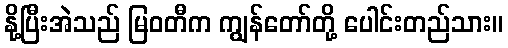
နို့ပြီးအဲသည် မြဝတီက ကျွန်တော်တို့ ပေါင်းတည်သား။